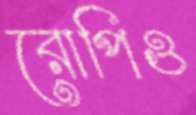
রোপিও